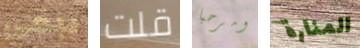
تبقي قلت ومرحبا المنارة